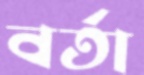
বর্তা